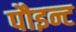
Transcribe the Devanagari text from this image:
पौइन्ट